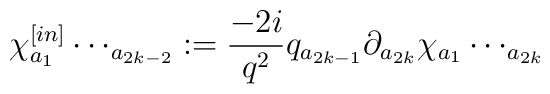
\chi^{[in]}_{a{_1}}\cdots_{a{_{2k-2}}}:= \frac{-2i}{q^2}q_{a{_{2k-1}}}\partial_{a{_{2k}}} \chi_{a{_1}}\cdots_{a{_{2k}}}